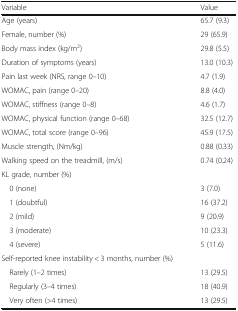
<table><thead><tr><td><b>Variable</b></td><td><b>Value</b></td></tr></thead><tbody><tr><td>Age (years)</td><td>65.7 (9.3)</td></tr><tr><td>Female, number (%)</td><td>29 (65.9)</td></tr><tr><td>Body mass index (kg/m<sup>2</sup>)</td><td>29.8 (5.5)</td></tr><tr><td>Duration of symptoms (years)</td><td>13.0 (10.3)</td></tr><tr><td>Pain last week (NRS, range 0–10)</td><td>4.7 (1.9)</td></tr><tr><td>WOMAC, pain (range 0–20)</td><td>8.8 (4.0)</td></tr><tr><td>WOMAC, stiffness (range 0–8)</td><td>4.6 (1.7)</td></tr><tr><td>WOMAC, physical function (range 0–68)</td><td>32.5 (12.7)</td></tr><tr><td>WOMAC, total score (range 0–96)</td><td>45.9 (17.5)</td></tr><tr><td>Muscle strength, (Nm/kg)</td><td>0.88 (0.33)</td></tr><tr><td>Walking speed on the treadmill, (m/s)</td><td>0.74 (0.24)</td></tr><tr><td colspan="2">KL grade, number (%)</td></tr><tr><td> 0 (none)</td><td>3 (7.0)</td></tr><tr><td> 1 (doubtful)</td><td>16 (37.2)</td></tr><tr><td> 2 (mild)</td><td>9 (20.9)</td></tr><tr><td> 3 (moderate)</td><td>10 (23.3)</td></tr><tr><td> 4 (severe)</td><td>5 (11.6)</td></tr><tr><td colspan="2">Self-reported knee instability &lt; 3 months, number (%)</td></tr><tr><td> Rarely (1–2 times)</td><td>13 (29.5)</td></tr><tr><td> Regularly (3–4 times)</td><td>18 (40.9)</td></tr><tr><td> Very often (&gt;4 times)</td><td>13 (29.5)</td></tr></tbody></table>